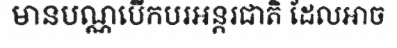
មានបណ្ណបើកបរអន្តរជាតិ ដែលអាច